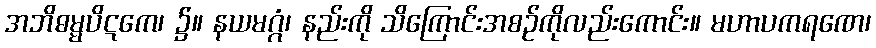
အဘိဓမ္မပိဋကေ၊ ၌။ နယမဂ္ဂံ၊ နည်းကို သိကြောင်းအစဉ်ကိုလည်းကောင်း။ မဟာပကရဏေ၊